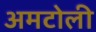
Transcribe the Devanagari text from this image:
अमटोली